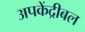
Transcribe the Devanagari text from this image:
अपकेंद्रीबल